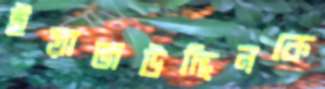
ইয়াজউদ্দিনকে